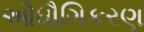
ઔધૌગિકરણ